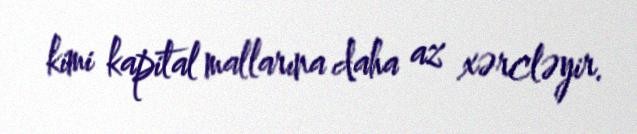
kimi kapital mallarına daha az xərcləyir.